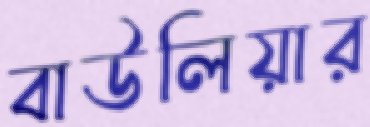
বাউলিয়ার